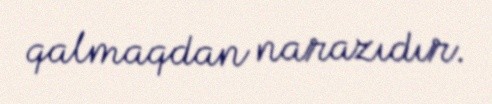
qalmaqdan narazıdır.